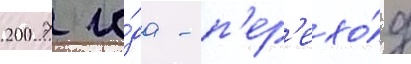
2007 го́да - п'ер'ехо́д